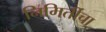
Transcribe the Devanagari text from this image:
निमिर्तीचा